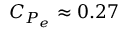
C _ { P _ { e } } \approx 0 . 2 7